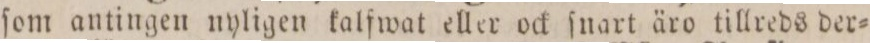
ſom antingen nyligen kalfwat eller ock ſnart äro tillreds der=